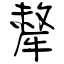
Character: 犛